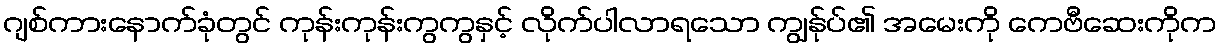
ဂျစ်ကားနောက်ခုံတွင် ကုန်းကုန်းကွကွနှင့် လိုက်ပါလာရသော ကျွန်ုပ်၏ အမေးကို ကေဗီဆေးကိုက